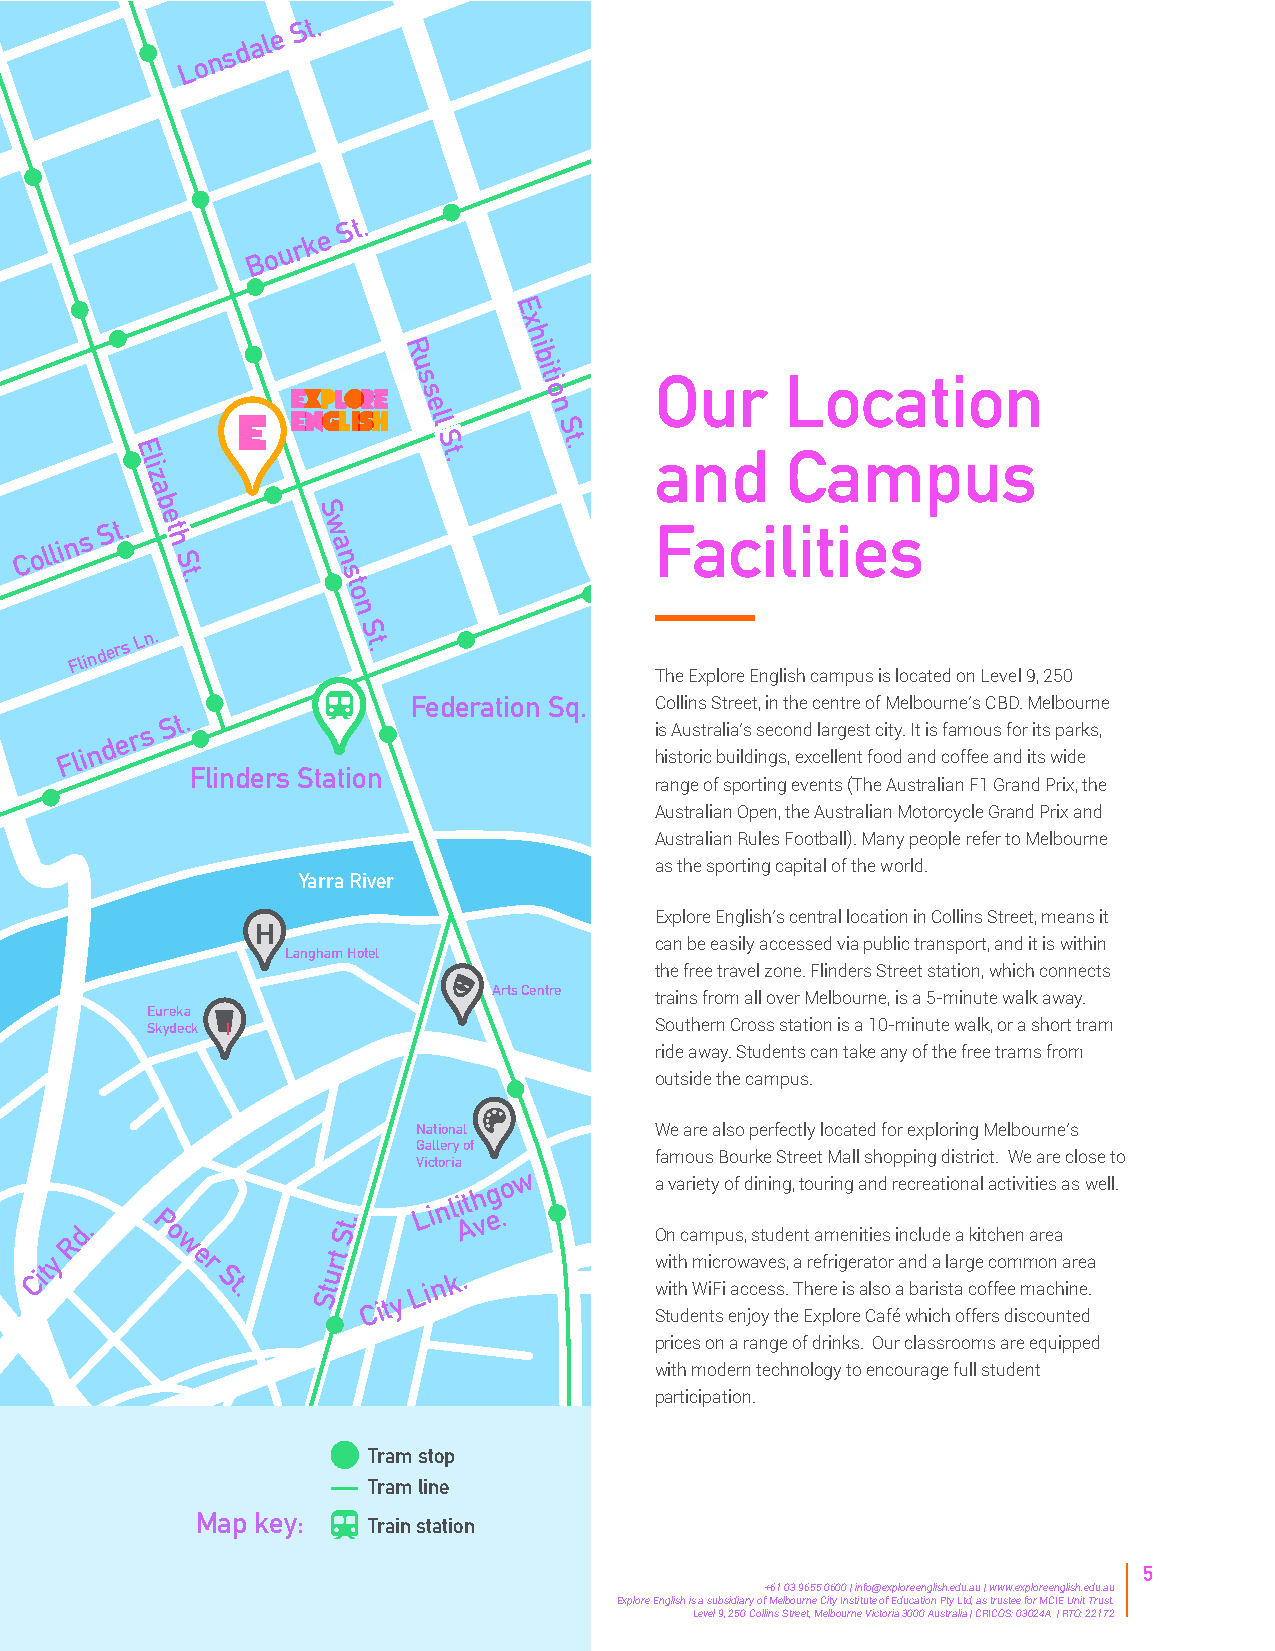
L o n s d a l e
 S t.
 B o u r k e
 S t.
 E
 x
 h
 R        i
 b
 u       i
 s       t i     Our      Location
 s        o
 e       n
 l
 l       S
 S        t
 E                   t       .     and      Campus
 l                   .
 i
 z
 a
 b          S
 C o
 lli n s S t. e t h
 S
 w a
 n
 Facilities
 t          s
 .         t
 o
 n
 Flin d e r s L n. S t .
 The Explore English campus is located on Level 9, 250
 Federation Sq.  Collins Street, in the centre of Melbourne’s CBD. Melbourne
 F li n d e r s
 S t.
 i hs i sA tu os rit cr a bl uia i’ ls d is ne gc so , n exd c l ea lr lg ee ns t t f oc oit dy. aIt n i ds cfa om ffeo eu as nfo dr i tit ss w p ia dr ek s,
 Flinders Station
 range of sporting events (The Australian F1 Grand Prix, the
 Australian Open, the Australian Motorcycle Grand Prix and
 Australian Rules Football). Many people refer to Melbourne
 as the sporting capital of the world.
 Yarra River
 Explore English’s central location in Collins Street, means it
 H
 can be easily accessed via public transport, and it is within
 Langham Hotel
 the free travel zone. Flinders Street station, which connects
 Arts Centre
 trains from all over Melbourne, is a 5-minute walk away.
 Eureka
 Skydeck                          Southern Cross station is a 10-minute walk, or a short tram
 ride away. Students can take any of the free trams from
 outside the campus.
 National       We are also perfectly located for exploring Melbourne’s
 Gallery of
 famous Bourke Street Mall shopping district. We are close to
 Victoria
 w
 d.   P
 o
 St.   L i n li At h v g e .o a
 O
 nv a cr aie mty
 p
 o uf
 s
 ,d sin tuin dg e,
 n
 t to au mrin eg
 n
 a itn ied
 s
 r ie nc cr luea dt eio an ka il
 t
 ca hc eti nvi t aie res
 a
 a s well.
 R      w
 City      e r
 St.
 Sturt
 C it y
 L i n k .
 w wi it th
 h
 m Wii Fcr
 i
 o aw cca ev se ss ., Ta hre ef rr ei g ise r aa lt so or aa n bd
 a
 ra
 is
 l ta ar g ce
 o
 fc fo eem mm ao cn
 h
 a inre ea
 .
 Students enjoy the Explore Café which offers discounted
 prices on a range of drinks. Our classrooms are equipped
 with modern technology to encourage full student
 participation.
 Tram stop
 Tram line
 Map key:
 Train station
 5
 +61 03 9655 0600 | info@exploreenglish.edu.au | www.exploreenglish.edu.au
 Explore English is a subsidiary of Melbourne City Institute of Education Pty Ltd, as trustee for MCIE Unit Trust.
 Level 9, 250 Collins Street, Melbourne Victoria 3000 Australia | CRICOS: 03024A | RTO: 22172